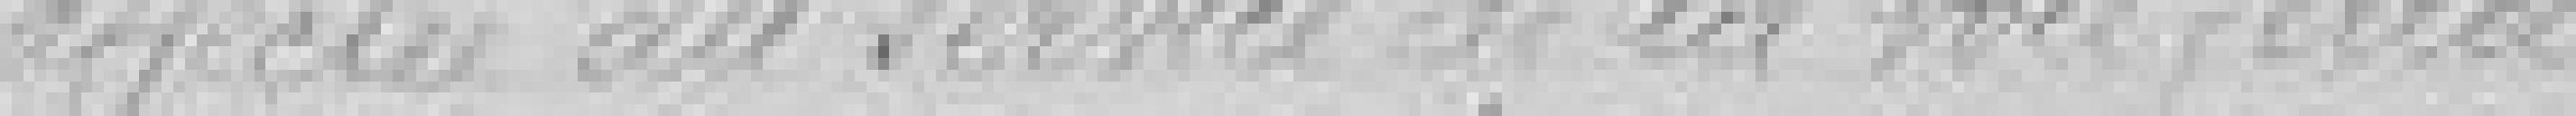
affectée au service de la voie ferrée.